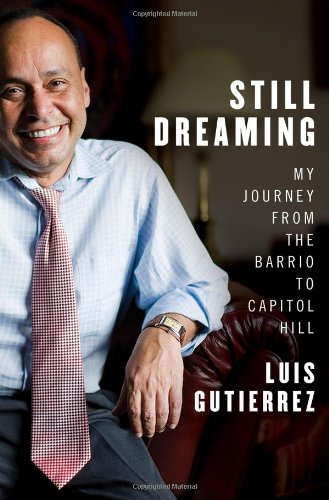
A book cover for Still Dreaming: My Journey from the Barrio to Capitol Hill; Luis GutiÃ©rrez; Biographies & Memoirs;